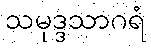
သမုဒ္ဒသာဂရံ